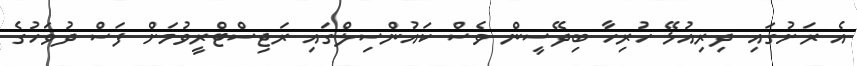
އެ ރަށުގައި ދިރިއުޅޭ ހުރިހާ ބިދޭސީން ވެސް ކައުންސިލްގައި ރަޖިސްޓްރީވުމަށް ފަސް ދުވަހުގެ